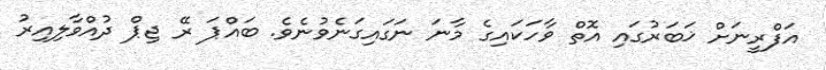
އަފްރީނަށް ޚަބަރުގައި އޮތް ވާހަކައިގެ މާނަ ނަގައިގަނެވުނެވެ. ބައްޕަ ރޭ ޖިޕް ދުއްވާލިއިރު